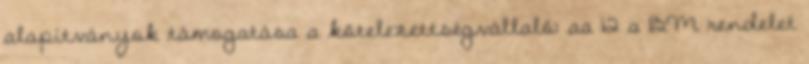
alapítványok támogatása a kötelezettségvállaló: aa 12 a BM rendelet